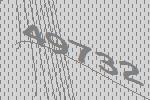
49732